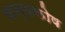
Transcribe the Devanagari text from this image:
धान्यकोष